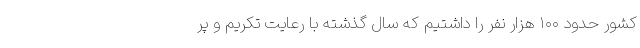
کشور حدود ۱۰۰ هزار نفر را داشتیم که سال گذشته با رعایت تکریم و پر